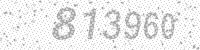
Solution: 813960